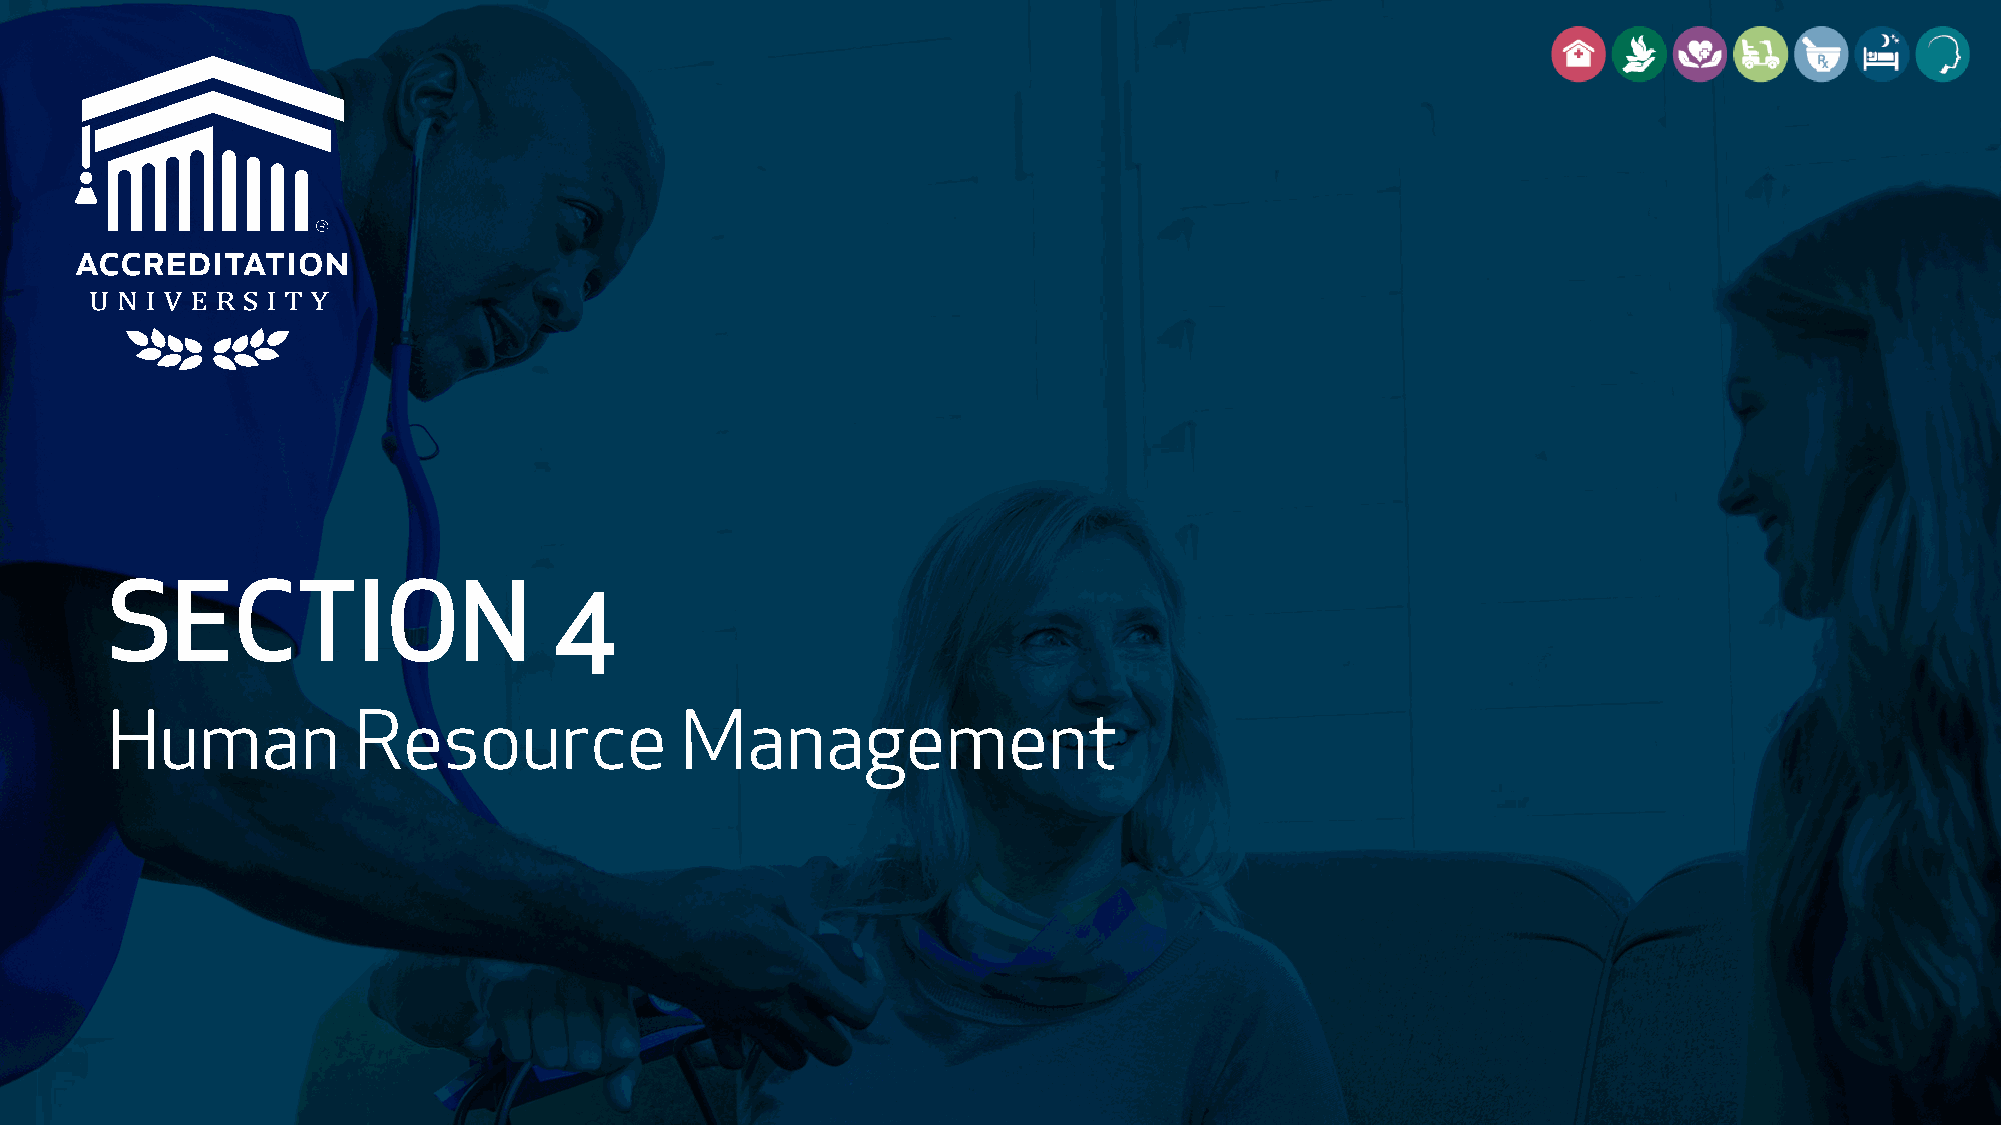
SECTION                       4
 Human           Resource              Management